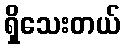
ရှိသေးတယ်